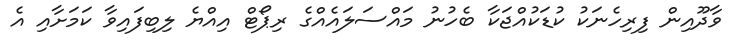
ވާދޫއިން ފިރިހެނަކު ކުޑަކުއްޖަކާ ބެހުނު މައްސަލައެއްގެ ރިޕޯޓް އިއްޔެ ލިބިފައިވާ ކަމަށާއި އެ